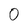
Character: 0